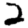
Digit: 2